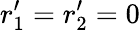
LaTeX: r_{1}^{\prime}=r_{2}^{\prime}=0